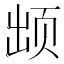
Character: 𱂢